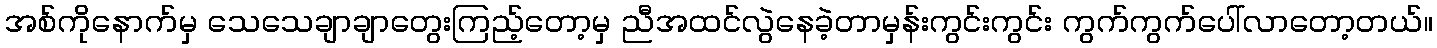
အစ်ကိုနောက်မှ သေသေချာချာတွေးကြည့်တော့မှ ညီအထင်လွဲနေခဲ့တာမှန်းကွင်းကွင်း ကွက်ကွက်ပေါ်လာတော့တယ်။